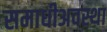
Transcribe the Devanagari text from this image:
समाधीअवस्था